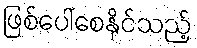
ဖြစ်ပေါ်စေနိုင်သည့်